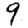
Digit: 9